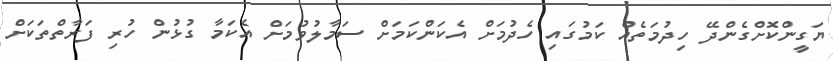
ޔަގީންކޮށްގެންދޭ ހިދުމަތެއް ކަމުގައި ހެދުމަށް އެކަންކަމަށް ސަމާލުވުމަށް އެކަމާ ގުޅުން ހުރި ފަރާތްތަކަށް